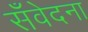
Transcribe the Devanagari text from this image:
सँवेदना